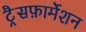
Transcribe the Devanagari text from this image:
ट्रैसफ़ार्मेशन